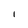
Character: I